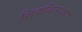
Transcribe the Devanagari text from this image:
शिकविनयचा